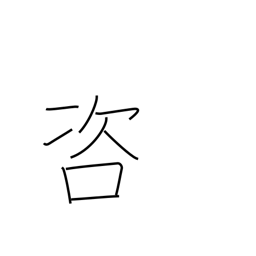
Meaning: investigate